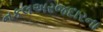
નકલઅરજદારના